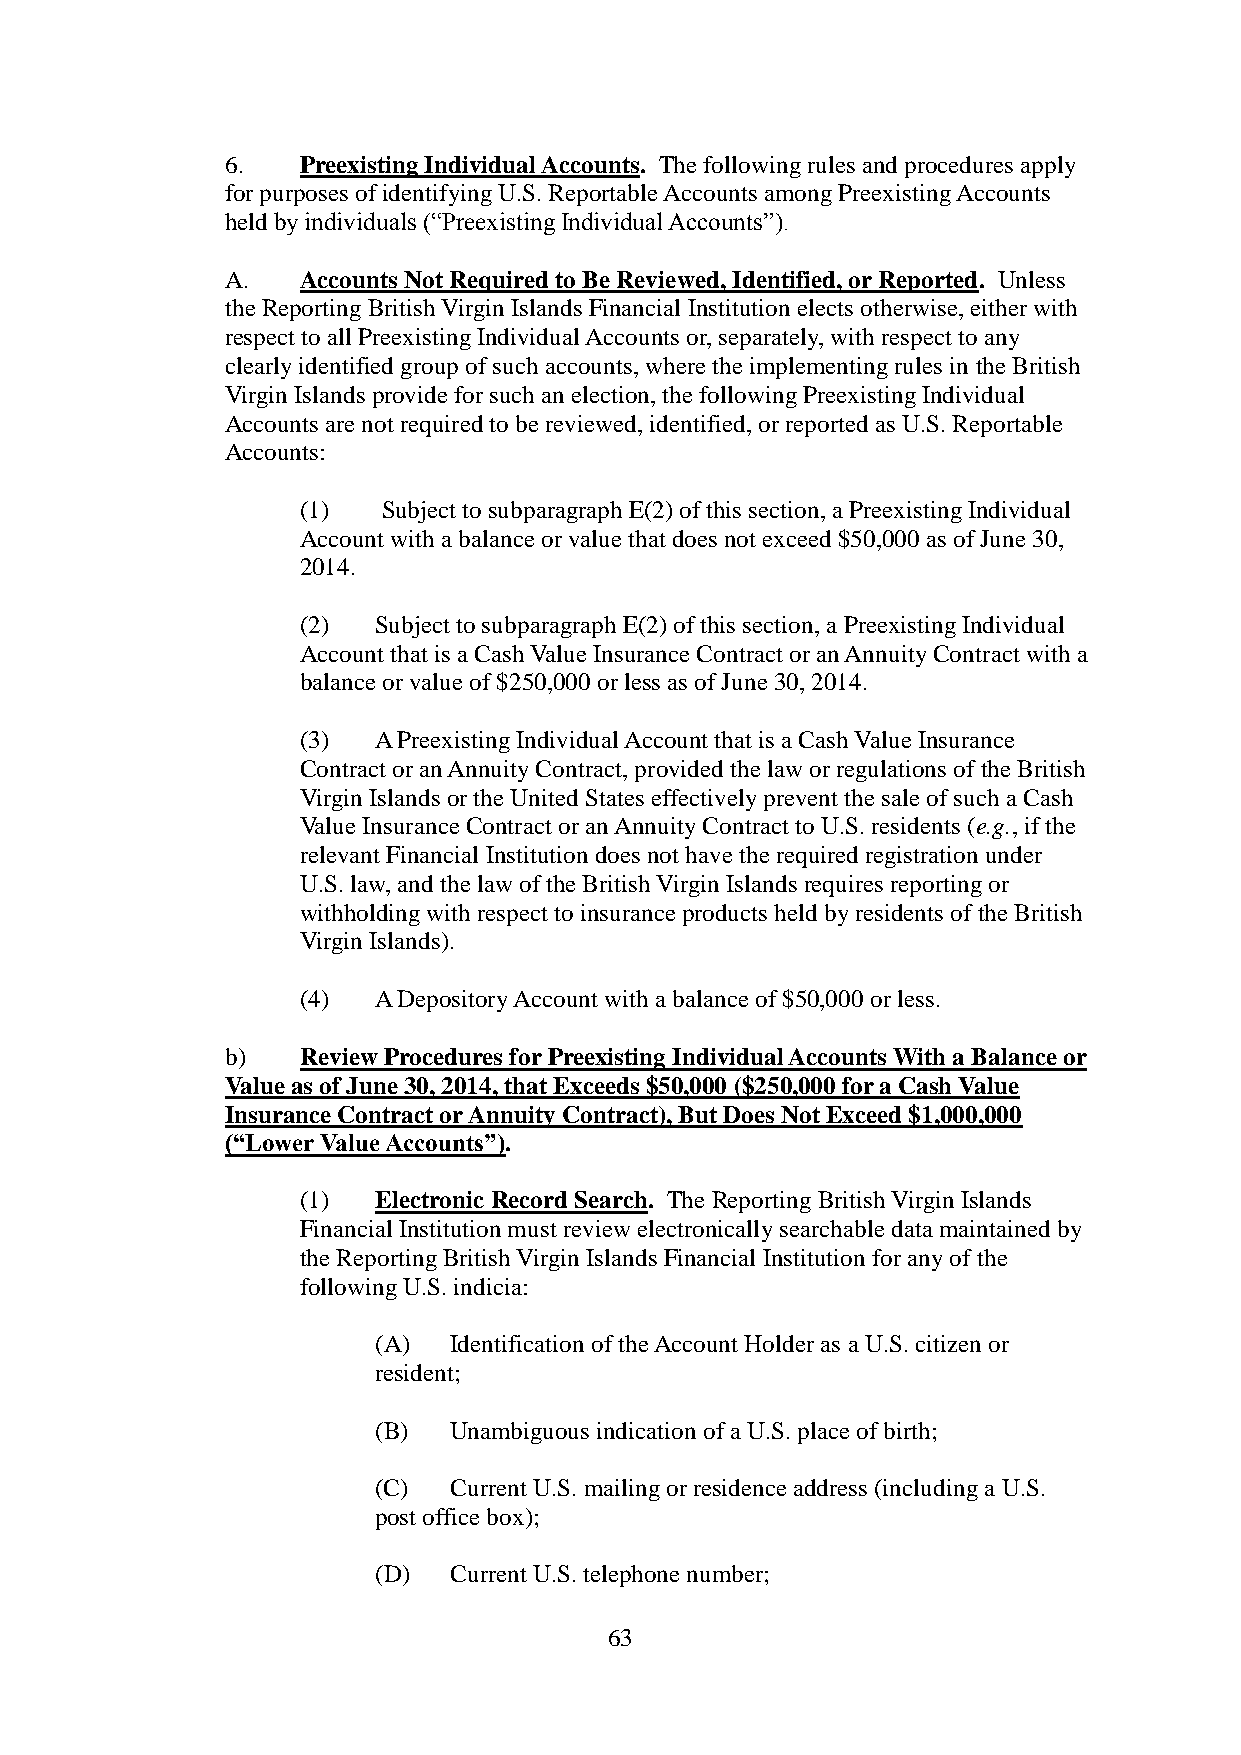
6.   Preexisting Individual Accounts. The following rules and procedures apply
 for purposes of identifying U.S. Reportable Accounts among Preexisting Accounts
 held by individuals (“Preexisting Individual Accounts”).
 A.   Accounts Not Required to Be Reviewed, Identified, or Reported. Unless
 the Reporting British Virgin Islands Financial Institution elects otherwise, either with
 respect to all Preexisting Individual Accounts or, separately, with respect to any
 clearly identified group of such accounts, where the implementing rules in the British
 Virgin Islands provide for such an election, the following Preexisting Individual
 Accounts are not required to be reviewed, identified, or reported as U.S. Reportable
 Accounts:
 (1)  Subject to subparagraph E(2) of this section, a Preexisting Individual
 Account with a balance or value that does not exceed $50,000 as of June 30,
 2014.
 (2)  Subject to subparagraph E(2) of this section, a Preexisting Individual
 Account that is a Cash Value Insurance Contract or an Annuity Contract with a
 balance or value of $250,000 or less as of June 30, 2014.
 (3)  A Preexisting Individual Account that is a Cash Value Insurance
 Contract or an Annuity Contract, provided the law or regulations of the British
 Virgin Islands or the United States effectively prevent the sale of such a Cash
 Value Insurance Contract or an Annuity Contract to U.S. residents (e.g., if the
 relevant Financial Institution does not have the required registration under
 U.S. law, and the law of the British Virgin Islands requires reporting or
 withholding with respect to insurance products held by residents of the British
 Virgin Islands).
 (4)  A Depository Account with a balance of $50,000 or less.
 b)   Review Procedures for Preexisting Individual Accounts With a Balance or
 Value as of June 30, 2014, that Exceeds $50,000 ($250,000 for a Cash Value
 Insurance Contract or Annuity Contract), But Does Not Exceed $1,000,000
 (“Lower Value Accounts”).
 (1)  Electronic Record Search. The Reporting British Virgin Islands
 Financial Institution must review electronically searchable data maintained by
 the Reporting British Virgin Islands Financial Institution for any of the
 following U.S. indicia:
 (A)  Identification of the Account Holder as a U.S. citizen or
 resident;
 (B)  Unambiguous indication of a U.S. place of birth;
 (C)  Current U.S. mailing or residence address (including a U.S.
 post office box);
 (D)  Current U.S. telephone number;
 63